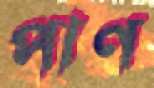
পাণ